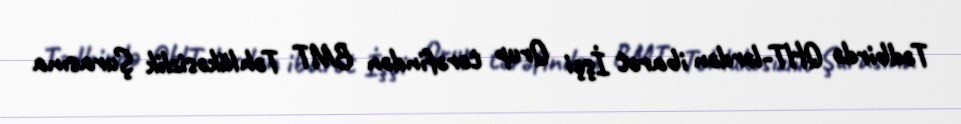
Tədbirdə QHT-lərdən ibarət İşçi Qrup tərəfindən BMT Təhlükəsizlik Şurasına